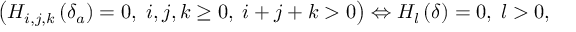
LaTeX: \left( H _ { i , j , k } \left( \delta _ { a } \right) = 0 , \; i , j , k \geq 0 , \; i + j + k > 0 \right) \Leftrightarrow H _ { l } \left( \delta \right) = 0 , \; l > 0 ,